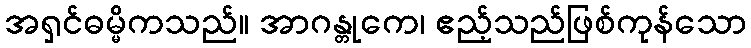
အရှင်ဓမ္မိကသည်။ အာဂန္တုကေ၊ ဧည့်သည်ဖြစ်ကုန်သော